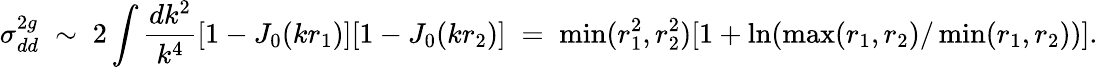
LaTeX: \sigma_{dd}^{2g}\; \sim\; 2\int{\frac{dk^{2}}{k^{4}}}[1-J_{0}(kr_{1})][1-J_{0}(kr_{2})]\; =\; \operatorname*{min}(r_{1}^{2},r_{2}^{2})[1+\ln(\operatorname*{max}(r_{1},r_{2})/\operatorname*{min}(r_{1},r_{2}))].